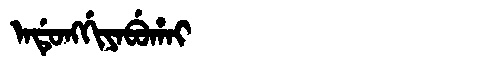
Manchu: ᠠᡩᡠᠩᡤᡳᠶᠠᠪᡠᡥᠠᡳ
Romanization: ADUNGGIYABUHAI